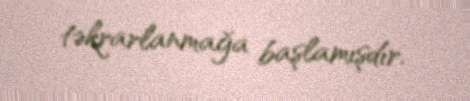
təkrarlanmağa başlamışdır.